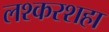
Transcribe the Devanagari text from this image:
लश्करशहा